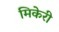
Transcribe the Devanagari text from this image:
मिकेरी